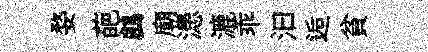
婺葩鸕廟漶漉乖汩逅貧